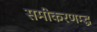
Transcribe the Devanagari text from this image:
समीकरणम्द्ध